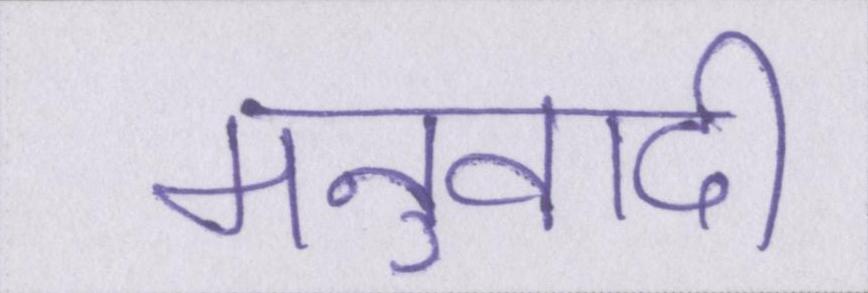
मनुवादी